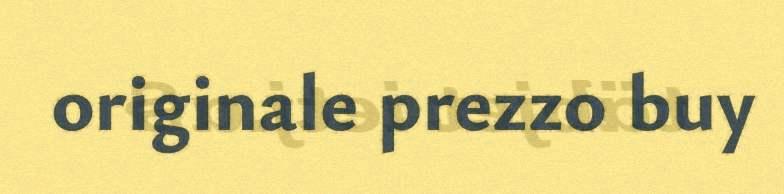
originale prezzo buy